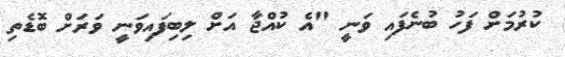
ކުރުމަށް ފަހު ބުނެފައި ވަނީ "އެ ކުއްޖާ އަށް ލިބިފައިވަނީ ވަރަށް ބޮޑެތި